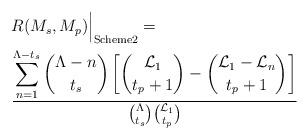
LaTeX: \begin{align*}\begin{aligned} & R(M_s,M_p)\Big|_{\textrm{Scheme2}} =\\ & \frac{\displaystyle\sum_{n=1}^{\Lambda-t_s}\binom{\Lambda-n}{t_s}\left[\binom{\mathcal{L}_1}{t_p+1}-\binom{\mathcal{L}_1-\mathcal{L}_n}{t_p+1}\right]}{\binom{\Lambda}{t_s}\binom{\mathcal{L}_1}{t_p}} \end{aligned}\end{align*}